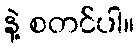
နဲ့ စတင်ပါ။